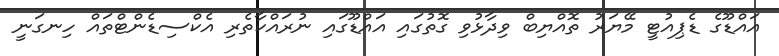
އައްޑޫގެ ޑެޕިއުޓީ މޭޔަރު ތޮއްޔިބް ވިދާޅުވި ގޮތުގައި އައްޑޫގައި ނުރައްކާތެރި އެކްސިޑެންޓްތައް ހިނގަނީ